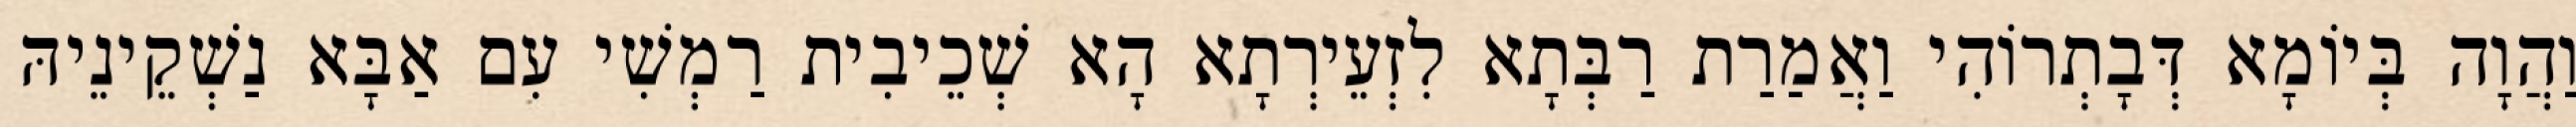
וַהֲוָה בְּיוֹמָא דְּבָתְרוֹהִי וַאֲמַרַת רַבְּתָא לִזְעֵירְתָא הָא שְׁכֵיבִית רַמְשִׁי עִם אַבָּא נַשְׁקֵינֵיהּ